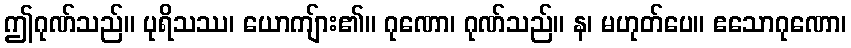
ဤဂုဏ်သည်။ ပုရိသဿ၊ ယောကျ်ား၏။ ဂုဏော၊ ဂုဏ်သည်။ န၊ မဟုတ်ပေ။ ဧသောဂုဏော၊